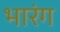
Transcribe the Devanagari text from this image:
भारंग